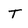
Character: T